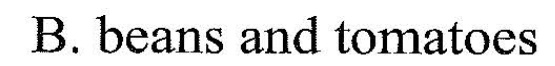
B. beans wd to matoes